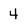
Character: 4